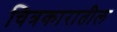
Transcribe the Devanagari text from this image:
चित्रकारातील